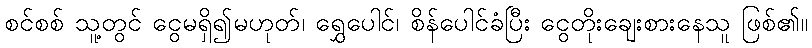
စင်စစ် သူ့တွင် ငွေမရှိ၍မဟုတ်၊ ရွှေပေါင်၊ စိန်ပေါင်ခံပြီး ငွေတိုးချေးစားနေသူ ဖြစ်၏။